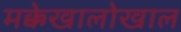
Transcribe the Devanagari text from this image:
मक्केखालोखाल